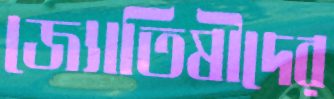
জ্যোতিষীদের